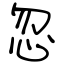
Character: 忽